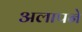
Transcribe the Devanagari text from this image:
अलापने